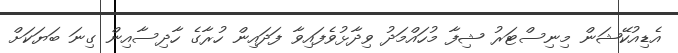
އެޑިއުކޭޝަން މިނިސްޓަރު ޝިފާ މުހައްމަދު ވިދާޅުވެފައިވާ ފަދައިން ހުރާގެ ހާދިސާއިން ގިނަ ބަޔަކަށް